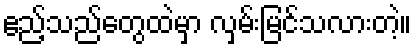
ဧည့်သည်တွေထဲမှာ လှမ်းမြင်သလားတဲ့။